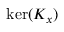
\ker ( K _ { x } )